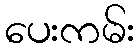
ပေးကမ်း